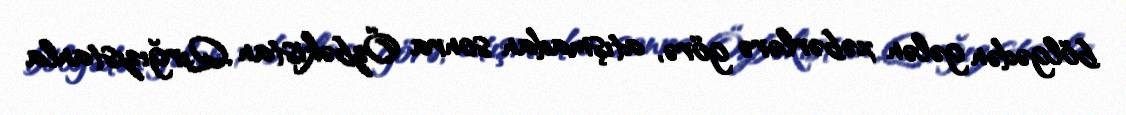
bölgədən gələn xəbərlərə görə, atışmadan sonra Özbəkistan Qırğızıstanla